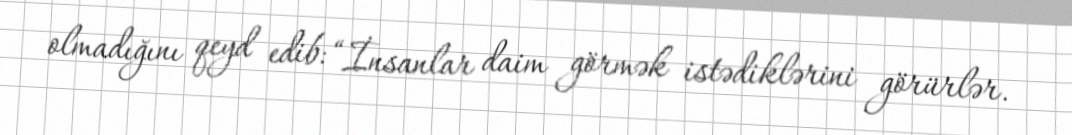
olmadığını qeyd edib: “İnsanlar daim görmək istədiklərini görürlər.